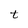
Character: t